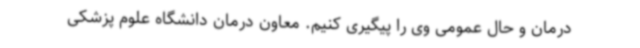
درمان و حال عمومی وی را پیگیری کنیم. معاون درمان دانشگاه علوم پزشکی